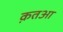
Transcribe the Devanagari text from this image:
क़तआ